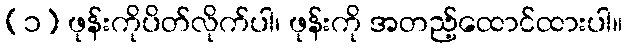
(၁) ဖုန်းကိုပိတ်လိုက်ပါ၊ ဖုန်းကို အတည့်ထောင်ထားပါ။